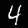
Label: 4